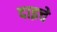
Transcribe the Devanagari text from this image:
दाइचे